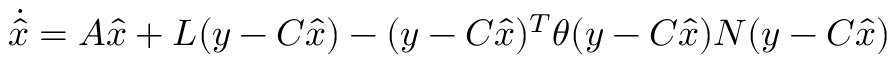
{ \dot { \hat { x } } } = A { \hat { x } } + L ( y - C { \hat { x } } ) - ( y - C { \hat { x } } ) ^ { T } \theta ( y - C { \hat { x } } ) N ( y - C { \hat { x } } )